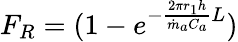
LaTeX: \begin{array}{r}{F_{R}=(1-e^{-\frac{2{\pi r}_{1}h}{{\dot{m}}_{a}C_{a}}L})}\end{array}